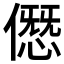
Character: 𠎱